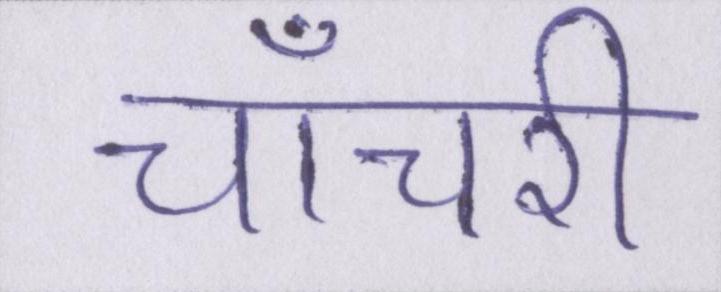
चाँचरी